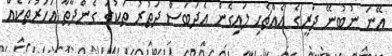
ޢޭނަ ނުބުނޭ ދަރީގެ އެއްޗެހި ލައިގެން އެދަބަސް ދަތުރު ތަކުގަ ގެންދާތާ އަހަރުތަކެއް